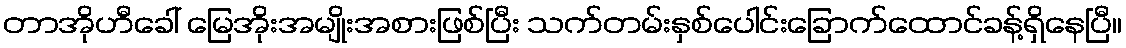
တာအိုဟီခေါ် မြေအိုးအမျိုးအစားဖြစ်ပြီး သက်တမ်းနှစ်ပေါင်းခြောက်ထောင်ခန့်ရှိနေပြီ။